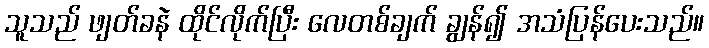
သူသည် ဖျတ်ခနဲ ထိုင်လိုက်ပြီး လေတစ်ချက် ချွန်၍ အသံပြန်ပေးသည်။